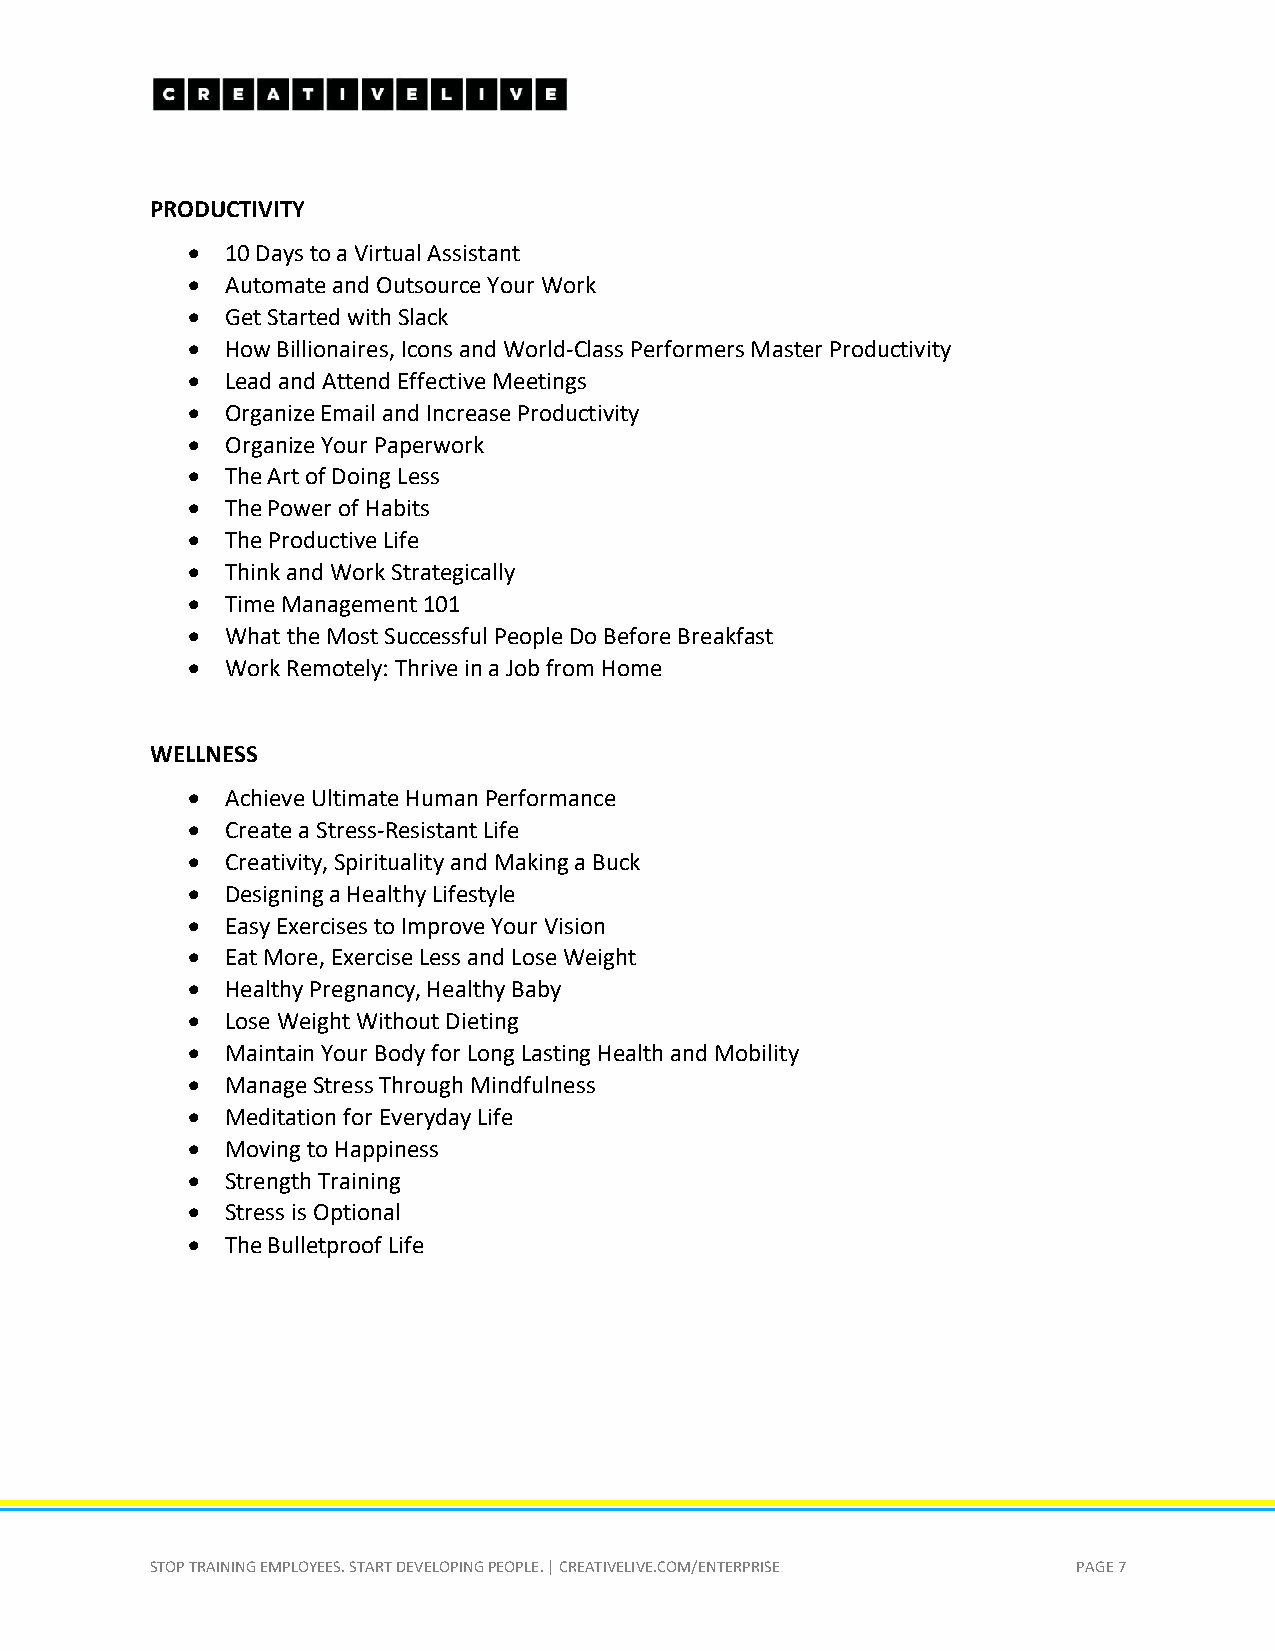
PRODUCTIVITY
 •  10 Days to a Virtual Assistant
 •  Automate and Outsource Your Work
 •  Get Started with Slack
 •  How Billionaires, Icons and World-Class Performers Master Productivity
 •  Lead and Attend Effective Meetings
 •  Organize Email and Increase Productivity
 •  Organize Your Paperwork
 •  The Art of Doing Less
 •  The Power of Habits
 •  The Productive Life
 •  Think and Work Strategically
 •  Time Management 101
 •  What the Most Successful People Do Before Breakfast
 •  Work Remotely: Thrive in a Job from Home
 WELLNESS
 •  Achieve Ultimate Human Performance
 •  Create a Stress-Resistant Life
 •  Creativity, Spirituality and Making a Buck
 •  Designing a Healthy Lifestyle
 •  Easy Exercises to Improve Your Vision
 •  Eat More, Exercise Less and Lose Weight
 •  Healthy Pregnancy, Healthy Baby
 •  Lose Weight Without Dieting
 •  Maintain Your Body for Long Lasting Health and Mobility
 •  Manage Stress Through Mindfulness
 •  Meditation for Everyday Life
 •  Moving to Happiness
 •  Strength Training
 •  Stress is Optional
 •  The Bulletproof Life
 STOP TRAINING EMPLOYEES. START DEVELOPING PEOPLE. | CREATIVELIVE.COM/ENTERPRISE PAGE 7